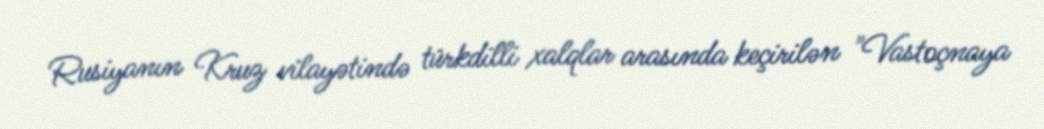
Rusiyanın Kruz vilayətində türkdilli xalqlar arasında keçirilən "Vastoçnaya